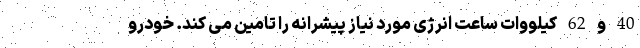
40 و 62 کیلووات ساعت انرژی مورد نیاز پیشرانه را تامین می کند. خودرو